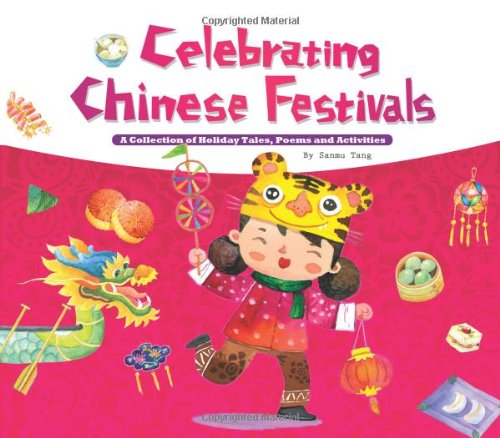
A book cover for Celebrating Chinese Festivals: A Collection of Holiday Tales, Poems and Activities; Sanmu Tang; Children's Books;